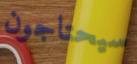
سيحتاجون